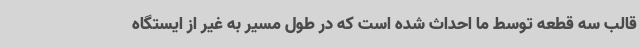
قالب سه قطعه توسط ما احداث شده است که در طول مسیر به غیر از ایستگاه